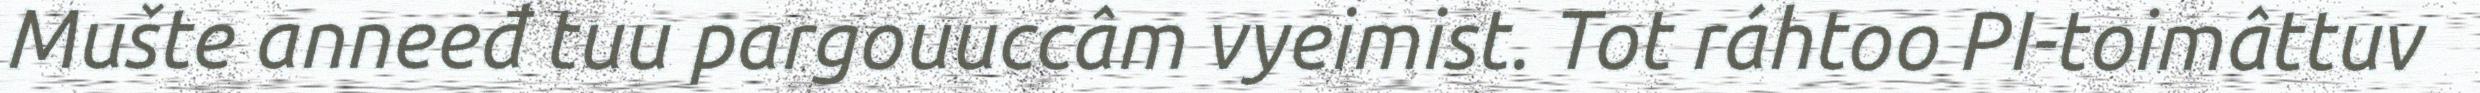
Mušte anneeđ tuu pargouuccâm vyeimist. Tot ráhtoo PI-toimâttuv